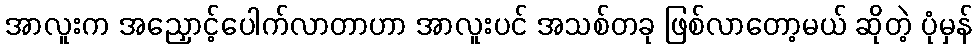
အာလူးက အညှောင့်ပေါက်လာတာဟာ အာလူးပင် အသစ်တခု ဖြစ်လာတော့မယ် ဆိုတဲ့ ပုံမှန်